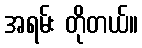
အရမ်း တိုတယ်။